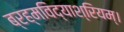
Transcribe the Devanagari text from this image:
ब्रह्मविद्याश्रियम्।